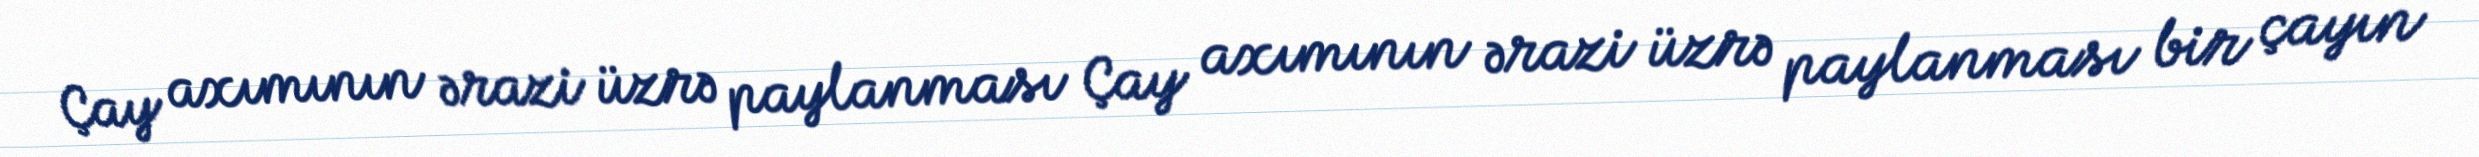
Çay axımının ərazi üzrə paylanması Çay axımının ərazi üzrə paylanması bir çayın